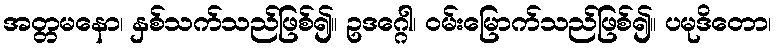
အတ္တမနော၊ နှစ်သက်သည်ဖြစ်၍။ ဥဒဂ္ဂေါ၊ ဝမ်းမြောက်သည်ဖြစ်၍။ ပမုဒိတော၊